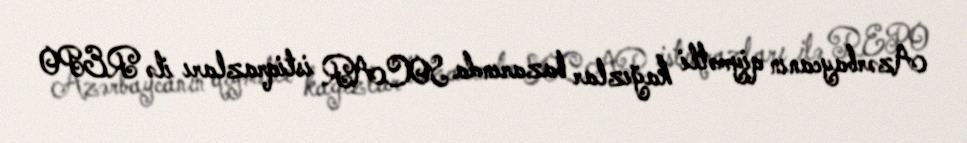
Azərbaycanın qiymətli kağızlar bazarında SOCAR istiqrazları ilə REPO